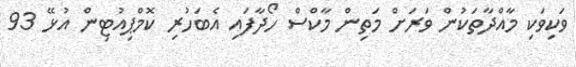
ވަކިވަކި މާއްދާތަކުން ވަރަށް މަތިން މާކްސް ހޯދާފައި އެބަހުރި ކޮމްޕިއުޓިން އުޅޭ 93